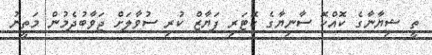
ތީ ޝިޔާނާގެ ކޮއްކޮ ސާނިޔާގެ ކޮޓަރި ފަޔާޒް ކުރި ސުވާލަށް ޖަވާބުދެމުން މަތީނު